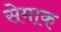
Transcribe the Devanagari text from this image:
सेमाक